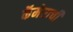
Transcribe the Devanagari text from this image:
कॅमेराची